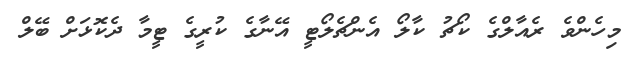
މިހެންވެ ރެއާލްގެ ކޯޗު ކާލޯ އެންޗެލޯޓީ އޭނާގެ ކުރީގެ ޓީމާ ދެކޮޅަށް ބޭލް